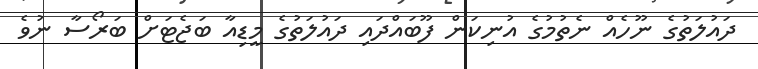
ދައުލަތުގެ ނޫހެއް ނެތުމުގެ އުނިކަން ފޫބައްދައި ދައުލަތުގެ މީޑިއާ ބަޖެޓަށް ބަރޯސާ ނުވެ